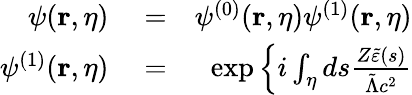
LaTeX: \begin{array}{rlr}{\psi(\mathbf{r},\eta)}&{{}=}&{\psi^{(0)}(\mathbf{r},\eta)\psi^{(1)}(\mathbf{r},\eta)}\\ {\psi^{(1)}(\mathbf{r},\eta)}&{{}=}&{\exp\left\{ i\int_{\eta}ds\frac{Z\tilde{\varepsilon}(s)}{\tilde{\Lambda}c^{2}}\right.}\end{array}